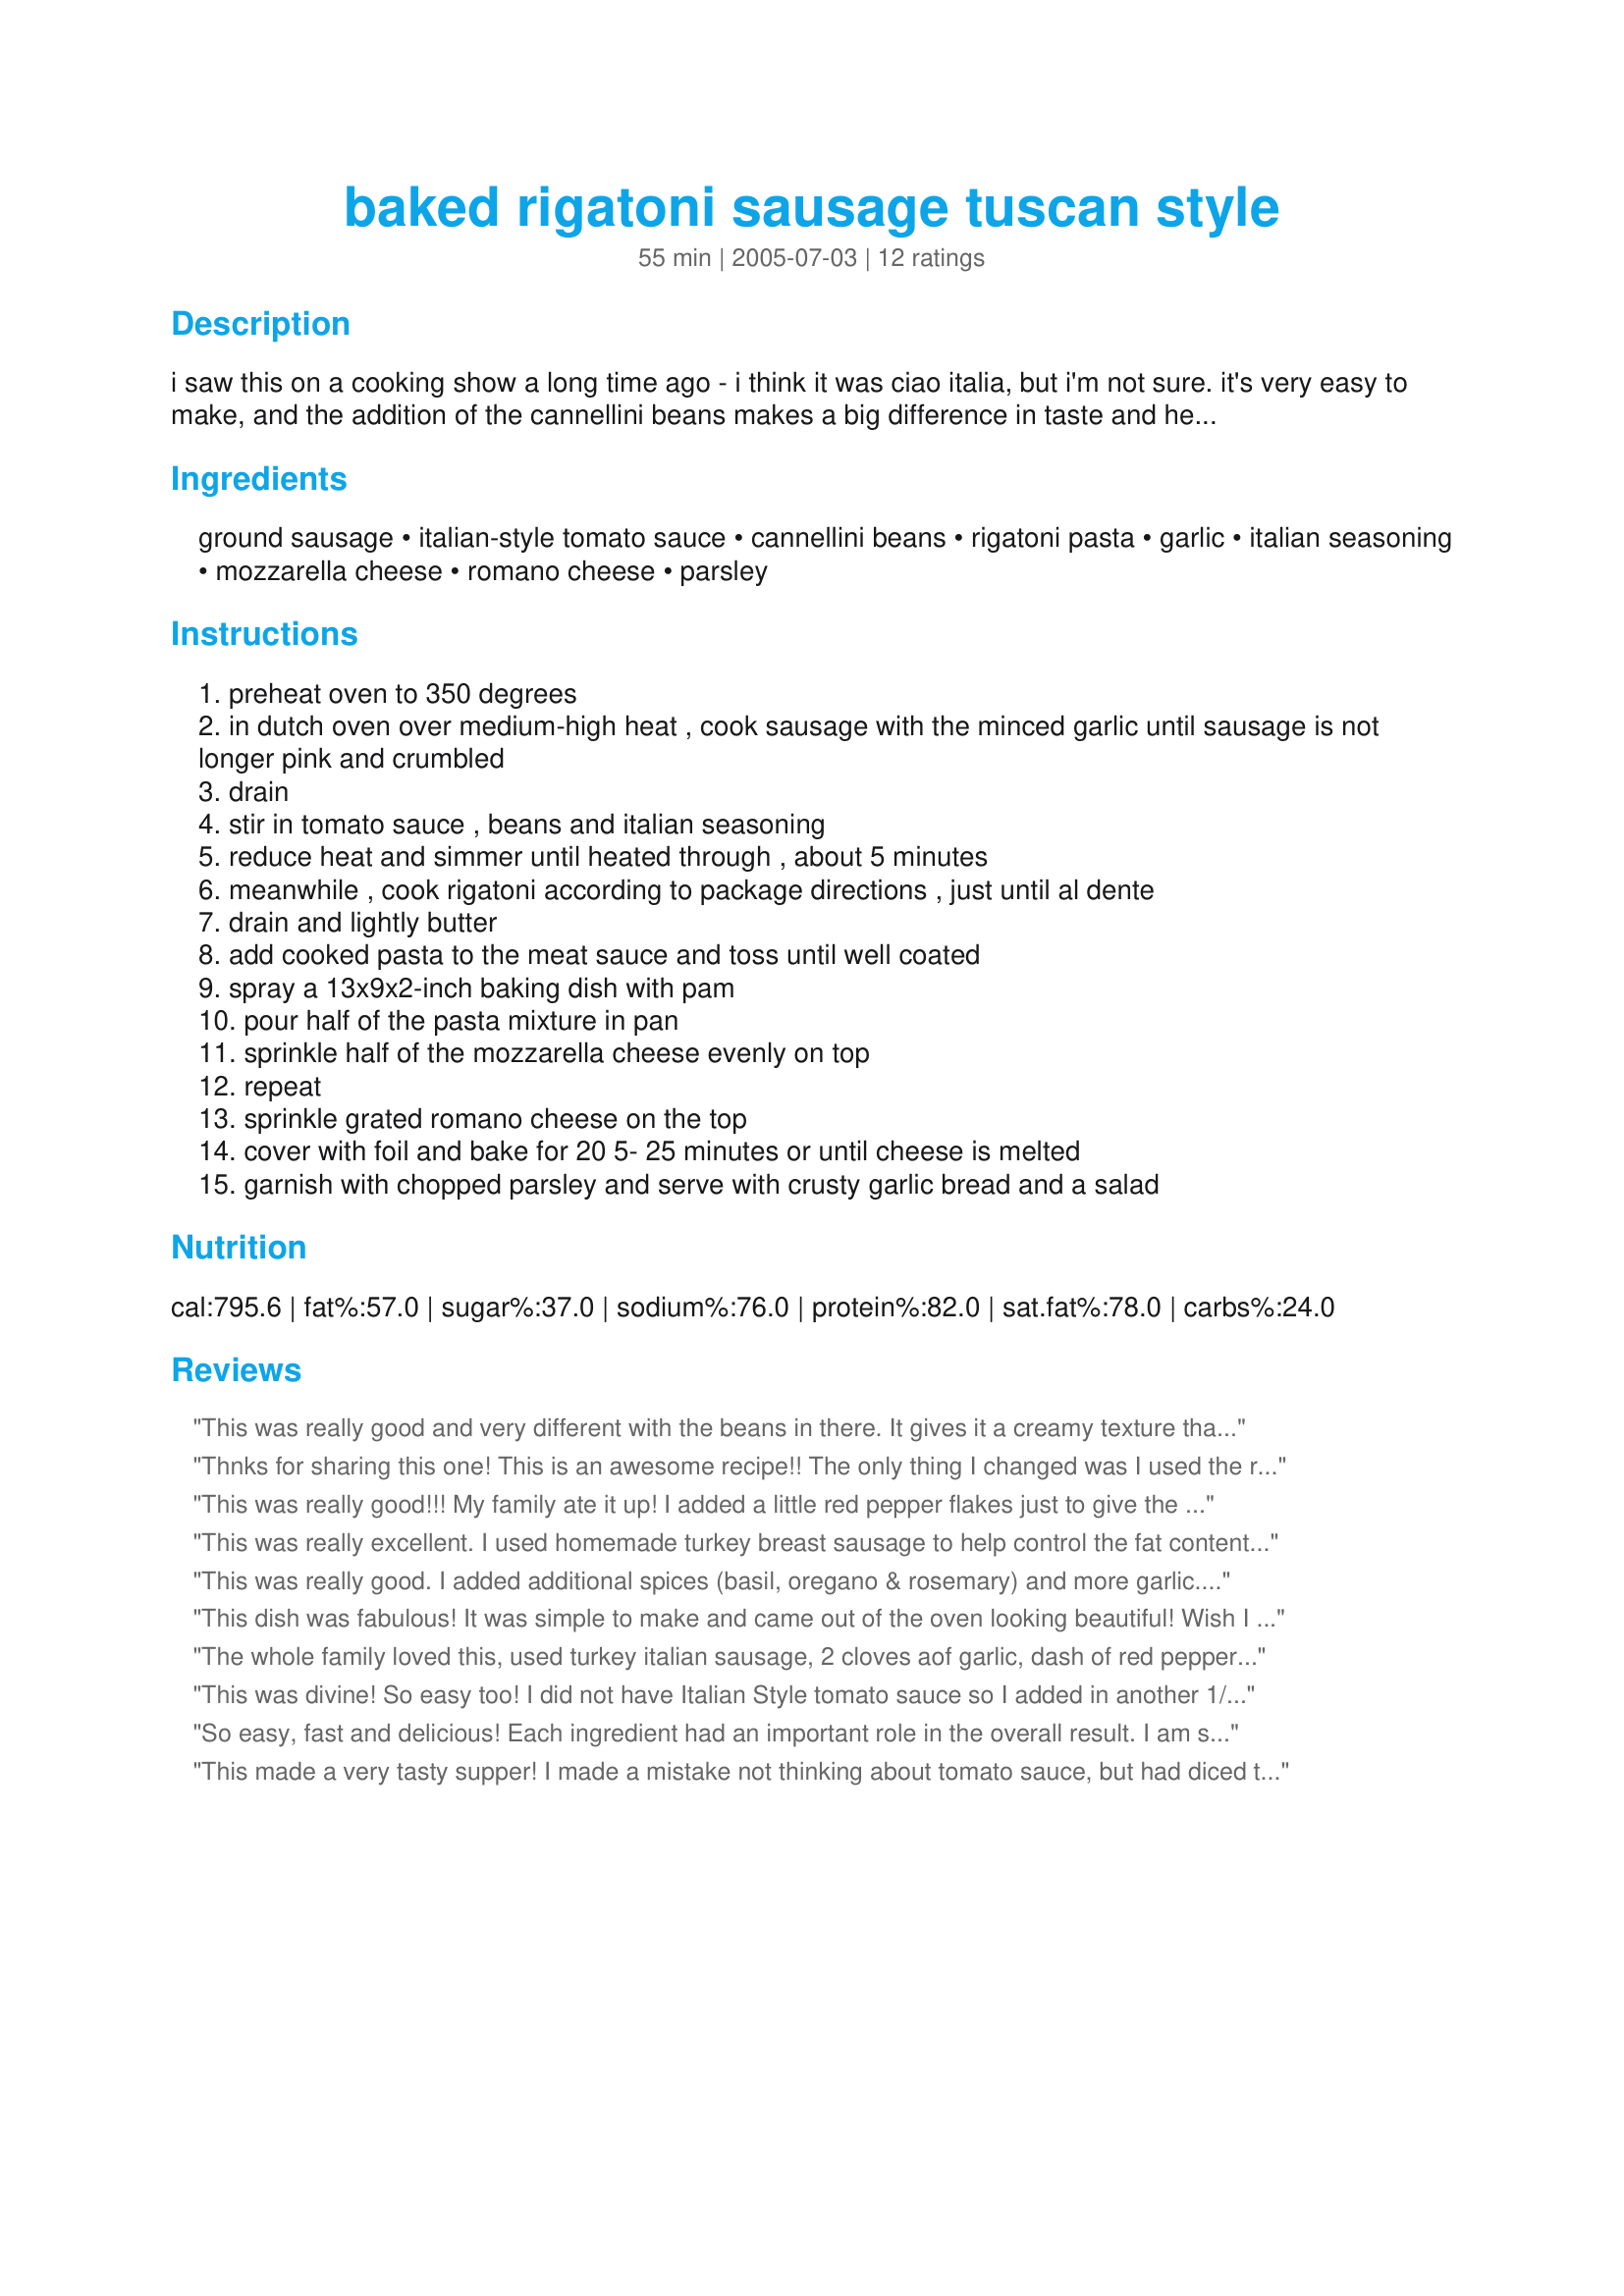
baked rigatoni sausage tuscan style
Preparation time: 55 minutes

i saw this on a cooking show a long time ago - i think it was ciao italia, but i'm not sure. it's very easy to make, and the addition of the cannellini beans makes a big difference in taste and heartiness, in my opinion.

Ingredients:
ground sausage, italian-style tomato sauce, cannellini beans, rigatoni pasta, garlic, italian seasoning, mozzarella cheese, romano cheese, parsley

Steps:
preheat oven to 350 degrees
in dutch oven over medium-high heat , cook sausage with the minced garlic until sausage is not longer pink and crumbled
drain
stir in tomato sauce , beans and italian seasoning
reduce heat and simmer until heated through , about 5 minutes
meanwhile , cook rigatoni according to package directions , just until al dente
drain and lightly butter
add cooked pasta to the meat sauce and toss until well coated
spray a 13x9x2-inch baking dish with pam
pour half of the pasta mixture in pan
sprinkle half of the mozzarella cheese evenly on top
repeat
sprinkle grated romano cheese on the top
cover with foil and bake for 20 5- 25 minutes or until cheese is melted
garnish with chopped parsley and serve with crusty garlic bread and a salad

Reviews:
This was really good and very different with the beans in there. It gives it a creamy texture that is pleasing. I used sweet Italian sausage and added chopped onion, fresh tomatoes, red wine, pepper, a little sugar, and crushed red pepper flakes to the sauce. I used Parmesan instead of Romano and sprinkled it in between each layer, like the mozzarella. Very nice dinner, thanks! Really great leftovers, just as yummy!
Thnks for sharing this one! This is an awesome recipe!! The only thing I changed was I used the regular Jimmy Dean bulk sausage and I cooked the sausage and garlic in a bit of olive oil. This dish looks and tastes GREAT!
This was really good!!! My family ate it up! I added a little red pepper flakes just to give the sauce a kick! Made for ZWT 4.
This was really excellent. I used homemade turkey breast sausage to help control the fat content and also used fat free mozzerella (and less of it) with good success. The addition of the cannellini beans is what really sets this one apart from other recipes, and made for a very filling and heart meal. Served with a salad and crusty bread. Thank you Stacky for sharing the recipe.
This was really good. I added additional spices (basil, oregano & rosemary) and more garlic. Just personal preference. I also mashed many of the beans so my son wouldn't see them. He is fussy. Having done that, the meal was a success. Thanks so much.
This dish was fabulous! It was simple to make and came out of the oven looking beautiful! Wish I had a camera to post a picture of it. The only change I made was to use mild Italian sausage. Yummy!
The whole family loved this, used turkey italian sausage, 2 cloves aof garlic, dash of red pepper flakes per Charmie advice, this was a keeper, thanx for a great recipe!
This was divine! So easy too! I did not have Italian Style tomato sauce so I added in another 1/2 tsp. I also used spicy turkey sausage and added extra garlic. I can't wait for lunch:)
So easy, fast and delicious! Each ingredient had an important role in the overall result. I am sitting here SINGING, this is so good. Singing! That's weird. How'd you do that. Marry me?
This made a very tasty supper! I made a mistake not thinking about tomato sauce, but had diced tomatoes which I blended up and cooked for a while to reduce it a bit. Also used penne since that's what we had on hand. Despite my subs, it was quite tasty and a half recipe fed the two of us for two nights. Thanks for posting. Made for PARTY tag game.
This was very good, and so easy to make. Comfort food at it's best,-full of meaty, cheesy goodness. Leftovers were great too.
pretty tasty! used 1lb of homemade german sausage and seasoned it with garlic powder, minced onions, cracked pepper, fennel seeds. dumped in the white kidney beans and raddiatore pasta as it holds sauce very well. used a 4 cheese spaghetti sauce instead of the tomato sauce. omitted the ital seasoning. sprinkled about 3 1/2c colby jack cheese and 1/2c romano. Wonderful filling supper. thanks!!
